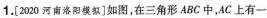
1.[2020河南洛阳模似]如图，在三角形ABC中，AC上有一